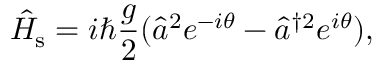
\hat { H } _ { \mathrm { s } } = i \hbar \frac { g } { 2 } ( \hat { a } ^ { 2 } e ^ { - i \theta } - \hat { a } ^ { \dagger 2 } e ^ { i \theta } ) ,